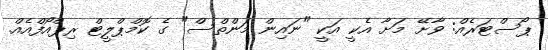
ޕޯސްޓަރެއް: ވާށޭ މަށާ އެކީ އަކީ "ނައިން މަންތްސް" ގެ ކޮމްޕްލީޓް ރިޕްއޯފްއެއް.